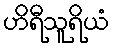
ဟိရီသူရိယံ